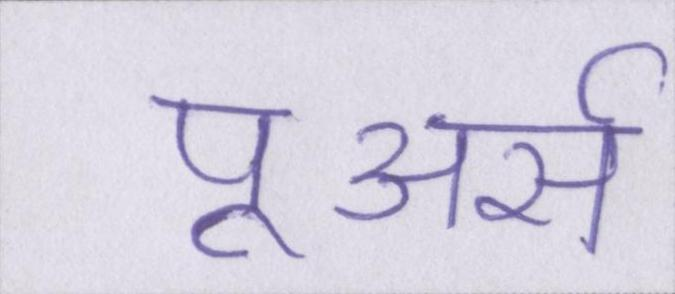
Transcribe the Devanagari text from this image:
पूअर्स